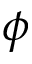
\phi